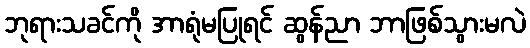
ဘုရားသခင်ကို အာရုံမပြုရင် ဆွန်ညာ ဘာဖြစ်သွားမလဲ